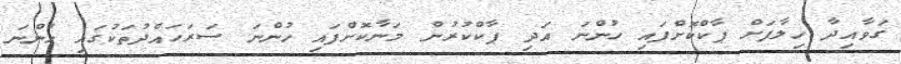
ގަވާއިދާ ހިލާފަށް ޕާކްކޮށްފައި ހުންނަ އަދި ޕާކްކުރުން މަނާކޮށްފައި ހުންނަ ސަރަހައްދުތަކުގައި ހުންނަ